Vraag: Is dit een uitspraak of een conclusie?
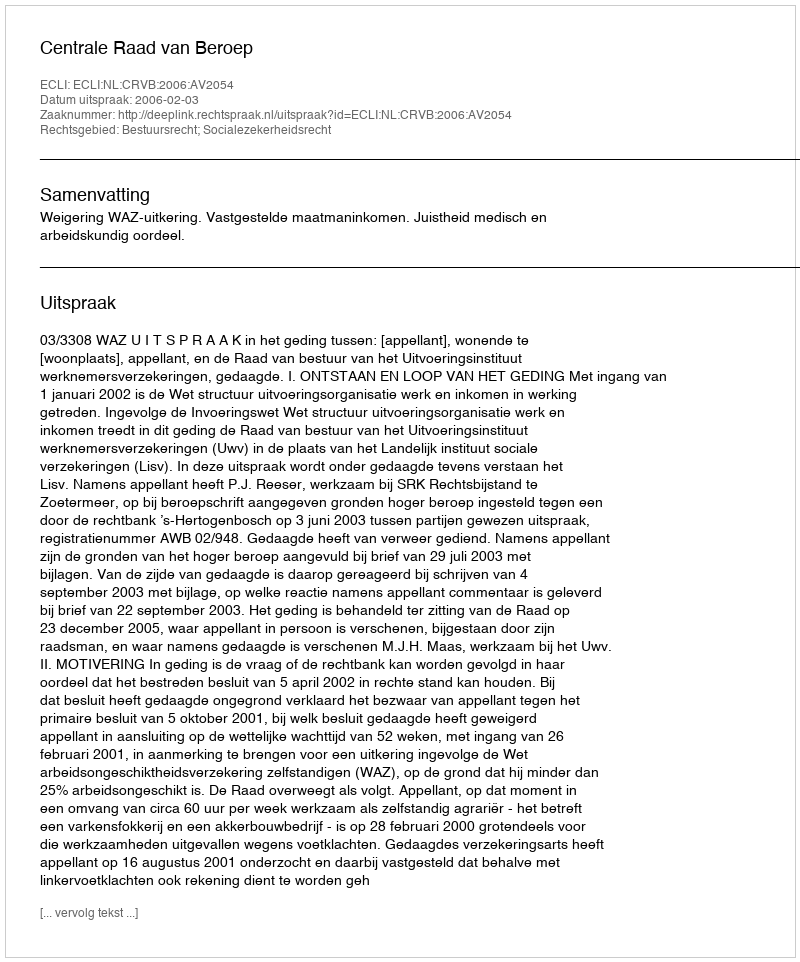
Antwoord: Uitspraak